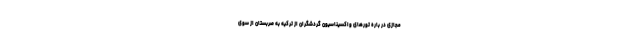
مجازی در باره تورهای واکسیناسیون گردشگران از ترکیه به صربستان از سوی